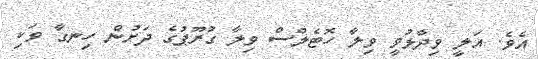
އެެވެ. އަލީ ވިދާޅުވީ ވިލާ ހޮޓެލްސް ވިލާ ގުރޫޕުގެ ދަށުން ހިނގާ ވަކި